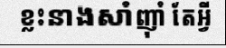
ខ្លះនាងសាំញ៉ាំ តែអ្វី